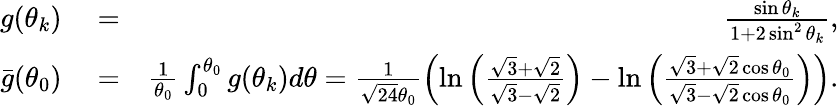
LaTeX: \begin{array}{rlr}{g(\theta_{k})}&{{}=}&{\frac{\sin\theta_{k}}{1+2\sin^{2}\theta_{k}},}\\ {\bar{g}(\theta_{0})}&{{}=}&{\frac{1}{\theta_{0}}\int_{0}^{\theta_{0}}g(\theta_{k})d\theta=\frac{1}{\sqrt{24}\theta_{0}}\left(\ln\left(\frac{\sqrt{3}+\sqrt{2}}{\sqrt{3}-\sqrt{2}}\right)-\ln\left(\frac{\sqrt{3}+\sqrt{2}\cos\theta_{0}}{\sqrt{3}-\sqrt{2}\cos\theta_{0}}\right)\right).}\end{array}